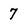
Character: 7